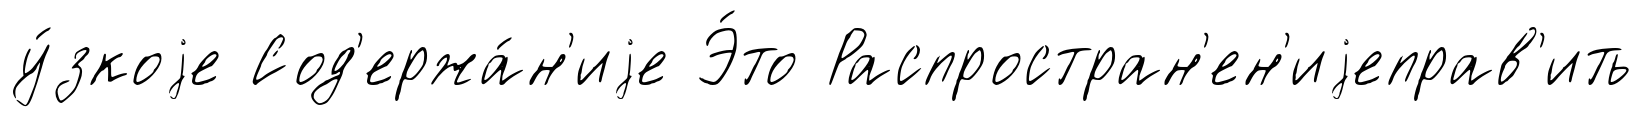
у́зкоjе Сод'ержа́н'иjе Э́то Распростран'ен'иjеправ'ить